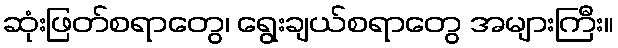
ဆုံးဖြတ်စရာတွေ၊ ရွေးချယ်စရာတွေ အများကြီး။